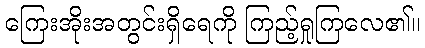
ကြေးအိုးအတွင်းရှိရေကို ကြည့်ရှုကြလေ၏။